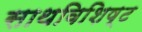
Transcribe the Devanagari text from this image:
साथविशिष्ट